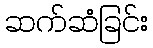
ဆက်ဆံခြင်း